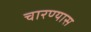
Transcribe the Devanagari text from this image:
चारण्यास